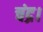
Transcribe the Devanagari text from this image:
चंद्र।